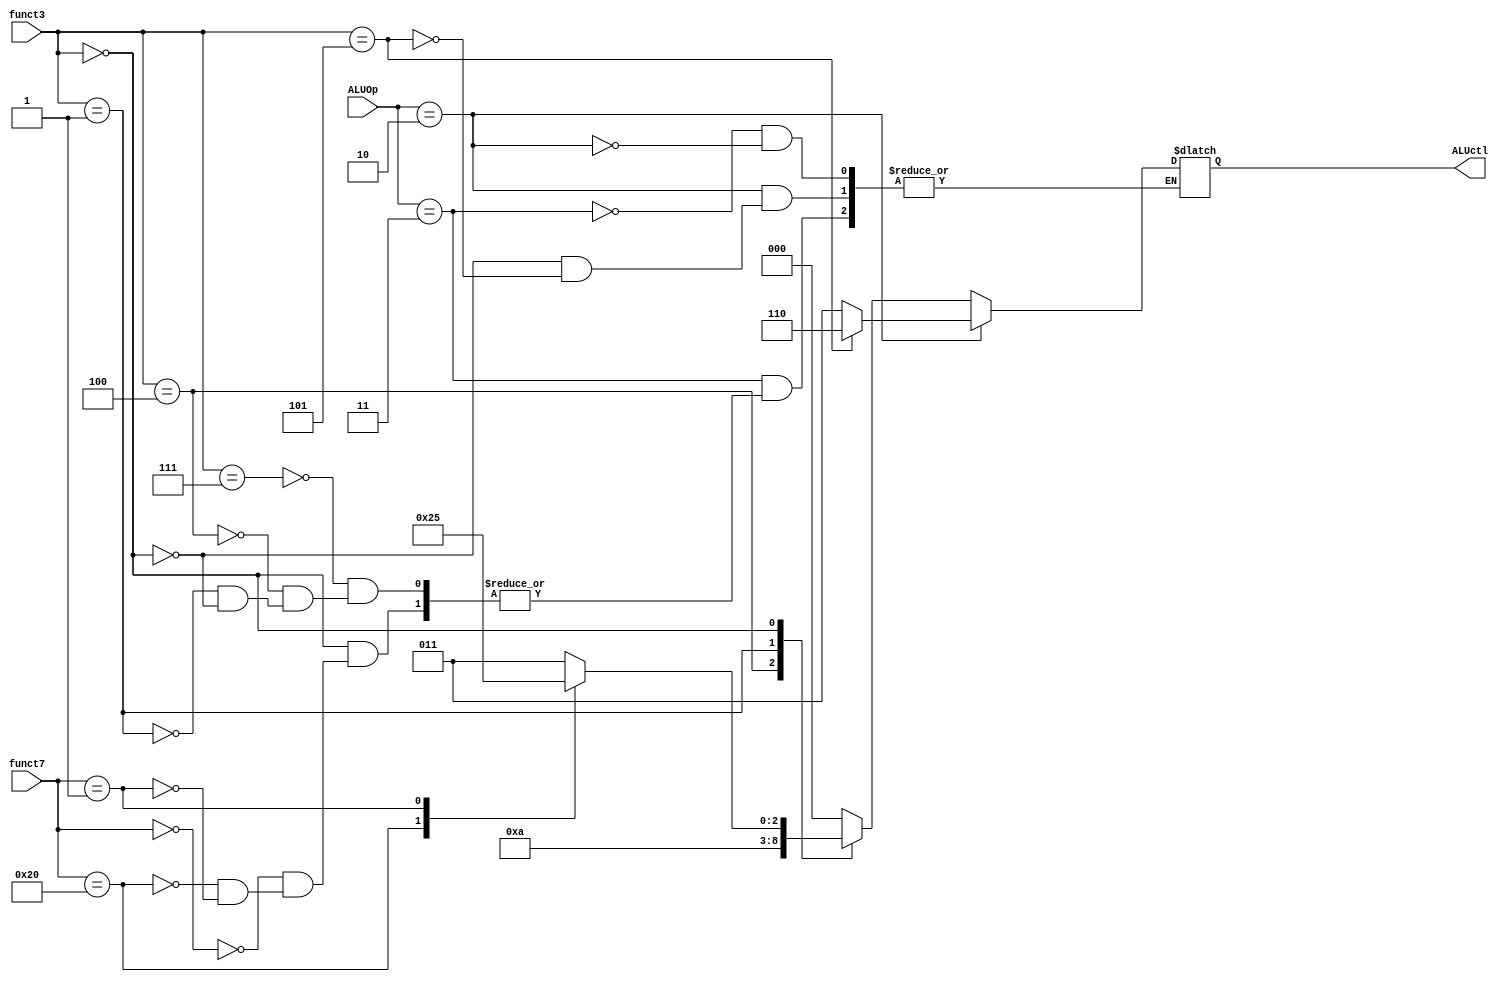
module ALU_Control(
         ALUOp,
         funct7,
         funct3,
         ALUctl
       );

input [1:0] ALUOp;
input [6:0] funct7;
input [2:0] funct3;

output reg [2:0] ALUctl;

always @(ALUOp or funct3 or funct7)
  begin
    case (ALUOp)
      2'b11:
        begin
          case (funct3)
            3'b111:
              ALUctl <= 0;
            3'b100:
              ALUctl <= 1;
            3'b001:
              ALUctl <= 2;
            3'b000:
              begin
                case (funct7)
                  0:
                    ALUctl <= 3;
                  32:
                    ALUctl <= 4;
                  1:
                    ALUctl <= 5;
                endcase
              end
          endcase
        end
      2'b10:
        case (funct3)
          0:
            ALUctl <= 3;
          3'b101:
            ALUctl <= 6;
        endcase
    endcase
  end


endmodule